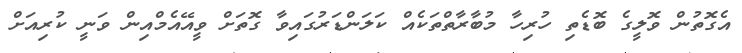
އެގޮތުން ވޮލީގެ ބޮޑެތި ހުރިހާ މުބާރާތްތަކެއް ކަލަންޑަރުގައިވާ ގޮތަށް ވީއޭއެމްއިން ވަނީ ކުރިއަށް